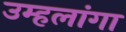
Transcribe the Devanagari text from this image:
उम्हलांगा